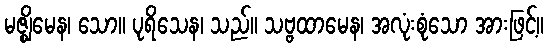
မဇ္ဈိမေန၊ သော။ ပုရိသေန၊ သည်။ သဗ္ဗထာမေန၊ အလုံးစုံသော အားဖြင့်။